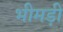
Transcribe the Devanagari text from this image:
भीमड़ी